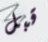
قبل